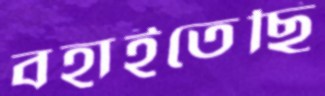
বহাইতেছি